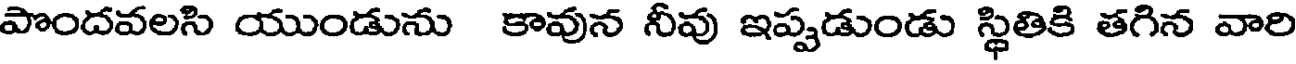
పొందవలసి యుండును కావున నీవు ఇప్పడుండు స్థితికి తగిన వారి